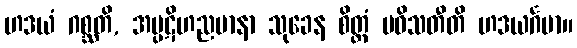
ဟဒယံ ဂစ္ဆတိ, အပ္ပဋိဟညမာနာ သုခေန စိတ္တံ ပဝိသတီတိ ဟဒယင်္ဂမာ။